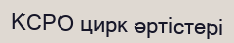
КСРО цирк әртістері